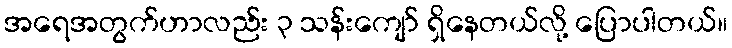
အရေအတွက်ဟာလည်း ၃ သန်းကျော် ရှိနေတယ်လို့ ပြောပါတယ်။